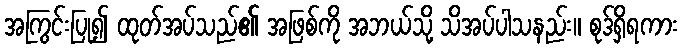
အကြွင်းပြု၍ ထုတ်အပ်သည်၏ အဖြစ်ကို အဘယ်သို့ သိအပ်ပါသနည်း။ စုဒ်ရှိရကား